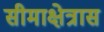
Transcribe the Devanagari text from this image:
सीमाक्षेत्रास